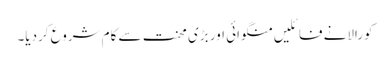
کورالانے فائلیں منگوائی اور بڑی محنت سے کام شروع کردیا۔